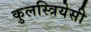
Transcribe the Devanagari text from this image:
कुलस्त्रियेसी